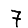
Digit: 7